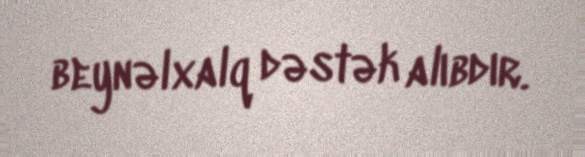
beynəlxalq dəstək alıbdır.